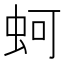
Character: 蚵